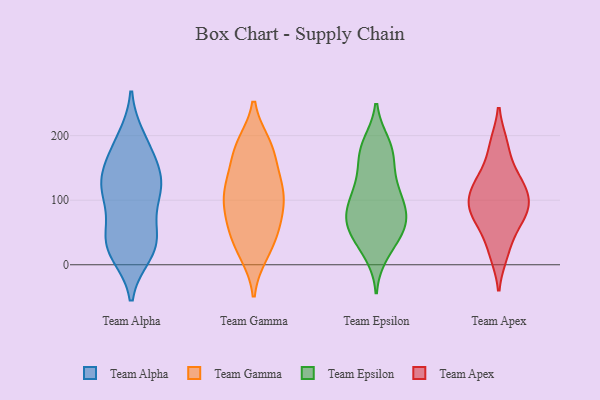
{"axis": {"x": "Page Views", "y": "Value"}, "legend": ["Team Alpha", "Team Apex", "Team Epsilon", "Team Gamma"], "data": [{"x": "", "y": 25, "type": "Team Alpha"}, {"x": "", "y": 98, "type": "Team Alpha"}, {"x": "", "y": 47, "type": "Team Alpha"}, {"x": "", "y": 171, "type": "Team Alpha"}, {"x": "", "y": 39, "type": "Team Alpha"}, {"x": "", "y": 127, "type": "Team Alpha"}, {"x": "", "y": 39, "type": "Team Alpha"}, {"x": "", "y": 122, "type": "Team Alpha"}, {"x": "", "y": 124, "type": "Team Alpha"}, {"x": "", "y": 130, "type": "Team Alpha"}, {"x": "", "y": 18, "type": "Team Alpha"}, {"x": "", "y": 186, "type": "Team Alpha"}, {"x": "", "y": 103, "type": "Team Alpha"}, {"x": "", "y": 195, "type": "Team Alpha"}, {"x": "", "y": 147, "type": "Team Alpha"}, {"x": "", "y": 27, "type": "Team Alpha"}, {"x": "", "y": 118, "type": "Team Gamma"}, {"x": "", "y": 137, "type": "Team Gamma"}, {"x": "", "y": 59, "type": "Team Gamma"}, {"x": "", "y": 178, "type": "Team Gamma"}, {"x": "", "y": 96, "type": "Team Gamma"}, {"x": "", "y": 114, "type": "Team Gamma"}, {"x": "", "y": 70, "type": "Team Gamma"}, {"x": "", "y": 107, "type": "Team Gamma"}, {"x": "", "y": 179, "type": "Team Gamma"}, {"x": "", "y": 140, "type": "Team Gamma"}, {"x": "", "y": 185, "type": "Team Gamma"}, {"x": "", "y": 79, "type": "Team Gamma"}, {"x": "", "y": 45, "type": "Team Gamma"}, {"x": "", "y": 186, "type": "Team Gamma"}, {"x": "", "y": 17, "type": "Team Gamma"}, {"x": "", "y": 106, "type": "Team Gamma"}, {"x": "", "y": 18, "type": "Team Gamma"}, {"x": "", "y": 44, "type": "Team Gamma"}, {"x": "", "y": 72, "type": "Team Epsilon"}, {"x": "", "y": 77, "type": "Team Epsilon"}, {"x": "", "y": 114, "type": "Team Epsilon"}, {"x": "", "y": 175, "type": "Team Epsilon"}, {"x": "", "y": 31, "type": "Team Epsilon"}, {"x": "", "y": 64, "type": "Team Epsilon"}, {"x": "", "y": 118, "type": "Team Epsilon"}, {"x": "", "y": 18, "type": "Team Epsilon"}, {"x": "", "y": 79, "type": "Team Epsilon"}, {"x": "", "y": 60, "type": "Team Epsilon"}, {"x": "", "y": 187, "type": "Team Epsilon"}, {"x": "", "y": 127, "type": "Team Epsilon"}, {"x": "", "y": 108, "type": "Team Epsilon"}, {"x": "", "y": 186, "type": "Team Epsilon"}, {"x": "", "y": 168, "type": "Team Epsilon"}, {"x": "", "y": 162, "type": "Team Epsilon"}, {"x": "", "y": 34, "type": "Team Epsilon"}, {"x": "", "y": 66, "type": "Team Epsilon"}, {"x": "", "y": 95, "type": "Team Epsilon"}, {"x": "", "y": 57, "type": "Team Epsilon"}, {"x": "", "y": 137, "type": "Team Apex"}, {"x": "", "y": 86, "type": "Team Apex"}, {"x": "", "y": 88, "type": "Team Apex"}, {"x": "", "y": 93, "type": "Team Apex"}, {"x": "", "y": 17, "type": "Team Apex"}, {"x": "", "y": 21, "type": "Team Apex"}, {"x": "", "y": 127, "type": "Team Apex"}, {"x": "", "y": 137, "type": "Team Apex"}, {"x": "", "y": 114, "type": "Team Apex"}, {"x": "", "y": 112, "type": "Team Apex"}, {"x": "", "y": 99, "type": "Team Apex"}, {"x": "", "y": 62, "type": "Team Apex"}, {"x": "", "y": 64, "type": "Team Apex"}, {"x": "", "y": 186, "type": "Team Apex"}, {"x": "", "y": 74, "type": "Team Apex"}, {"x": "", "y": 186, "type": "Team Apex"}]}